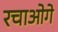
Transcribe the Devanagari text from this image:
रचाओगे